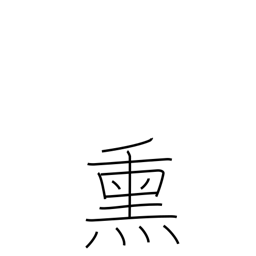
Meaning: fog